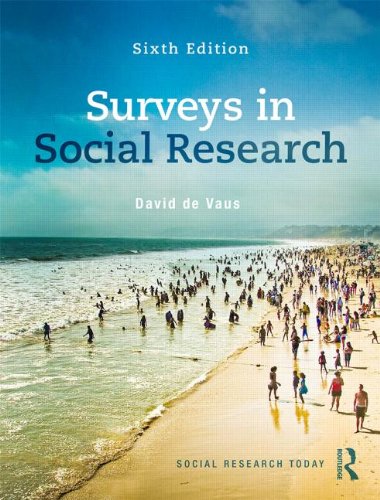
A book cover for Surveys In Social Research (Social Research Today); David De Vaus; Politics & Social Sciences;